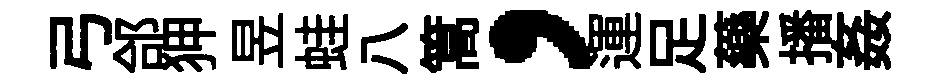
弓郃狎昱蛙八篙，運足藥播姦